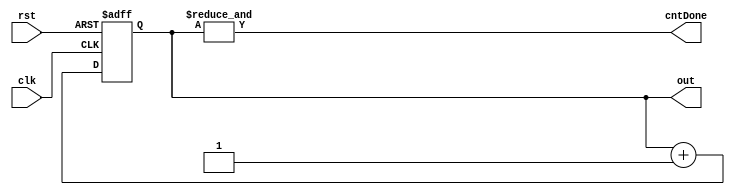
module counter6bit(input clk, rst, output reg[5:0] out, output cntDone);
    always@(posedge clk, posedge rst) begin
	if(rst) out <= 6'b0; else
	out <= out+1;
    end
    assign cntDone = &out;
endmodule